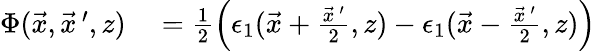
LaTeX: \begin{array}{rl}{\Phi(\vec{x},\vec{x}\, ^{\prime},z)}&{{}=\frac{1}{2}\left(\epsilon_{1}(\vec{x}+\frac{\vec{x}\, ^{\prime}}{2},z)-\epsilon_{1}(\vec{x}-\frac{\vec{x}\, ^{\prime}}{2},z)\right)}\end{array}